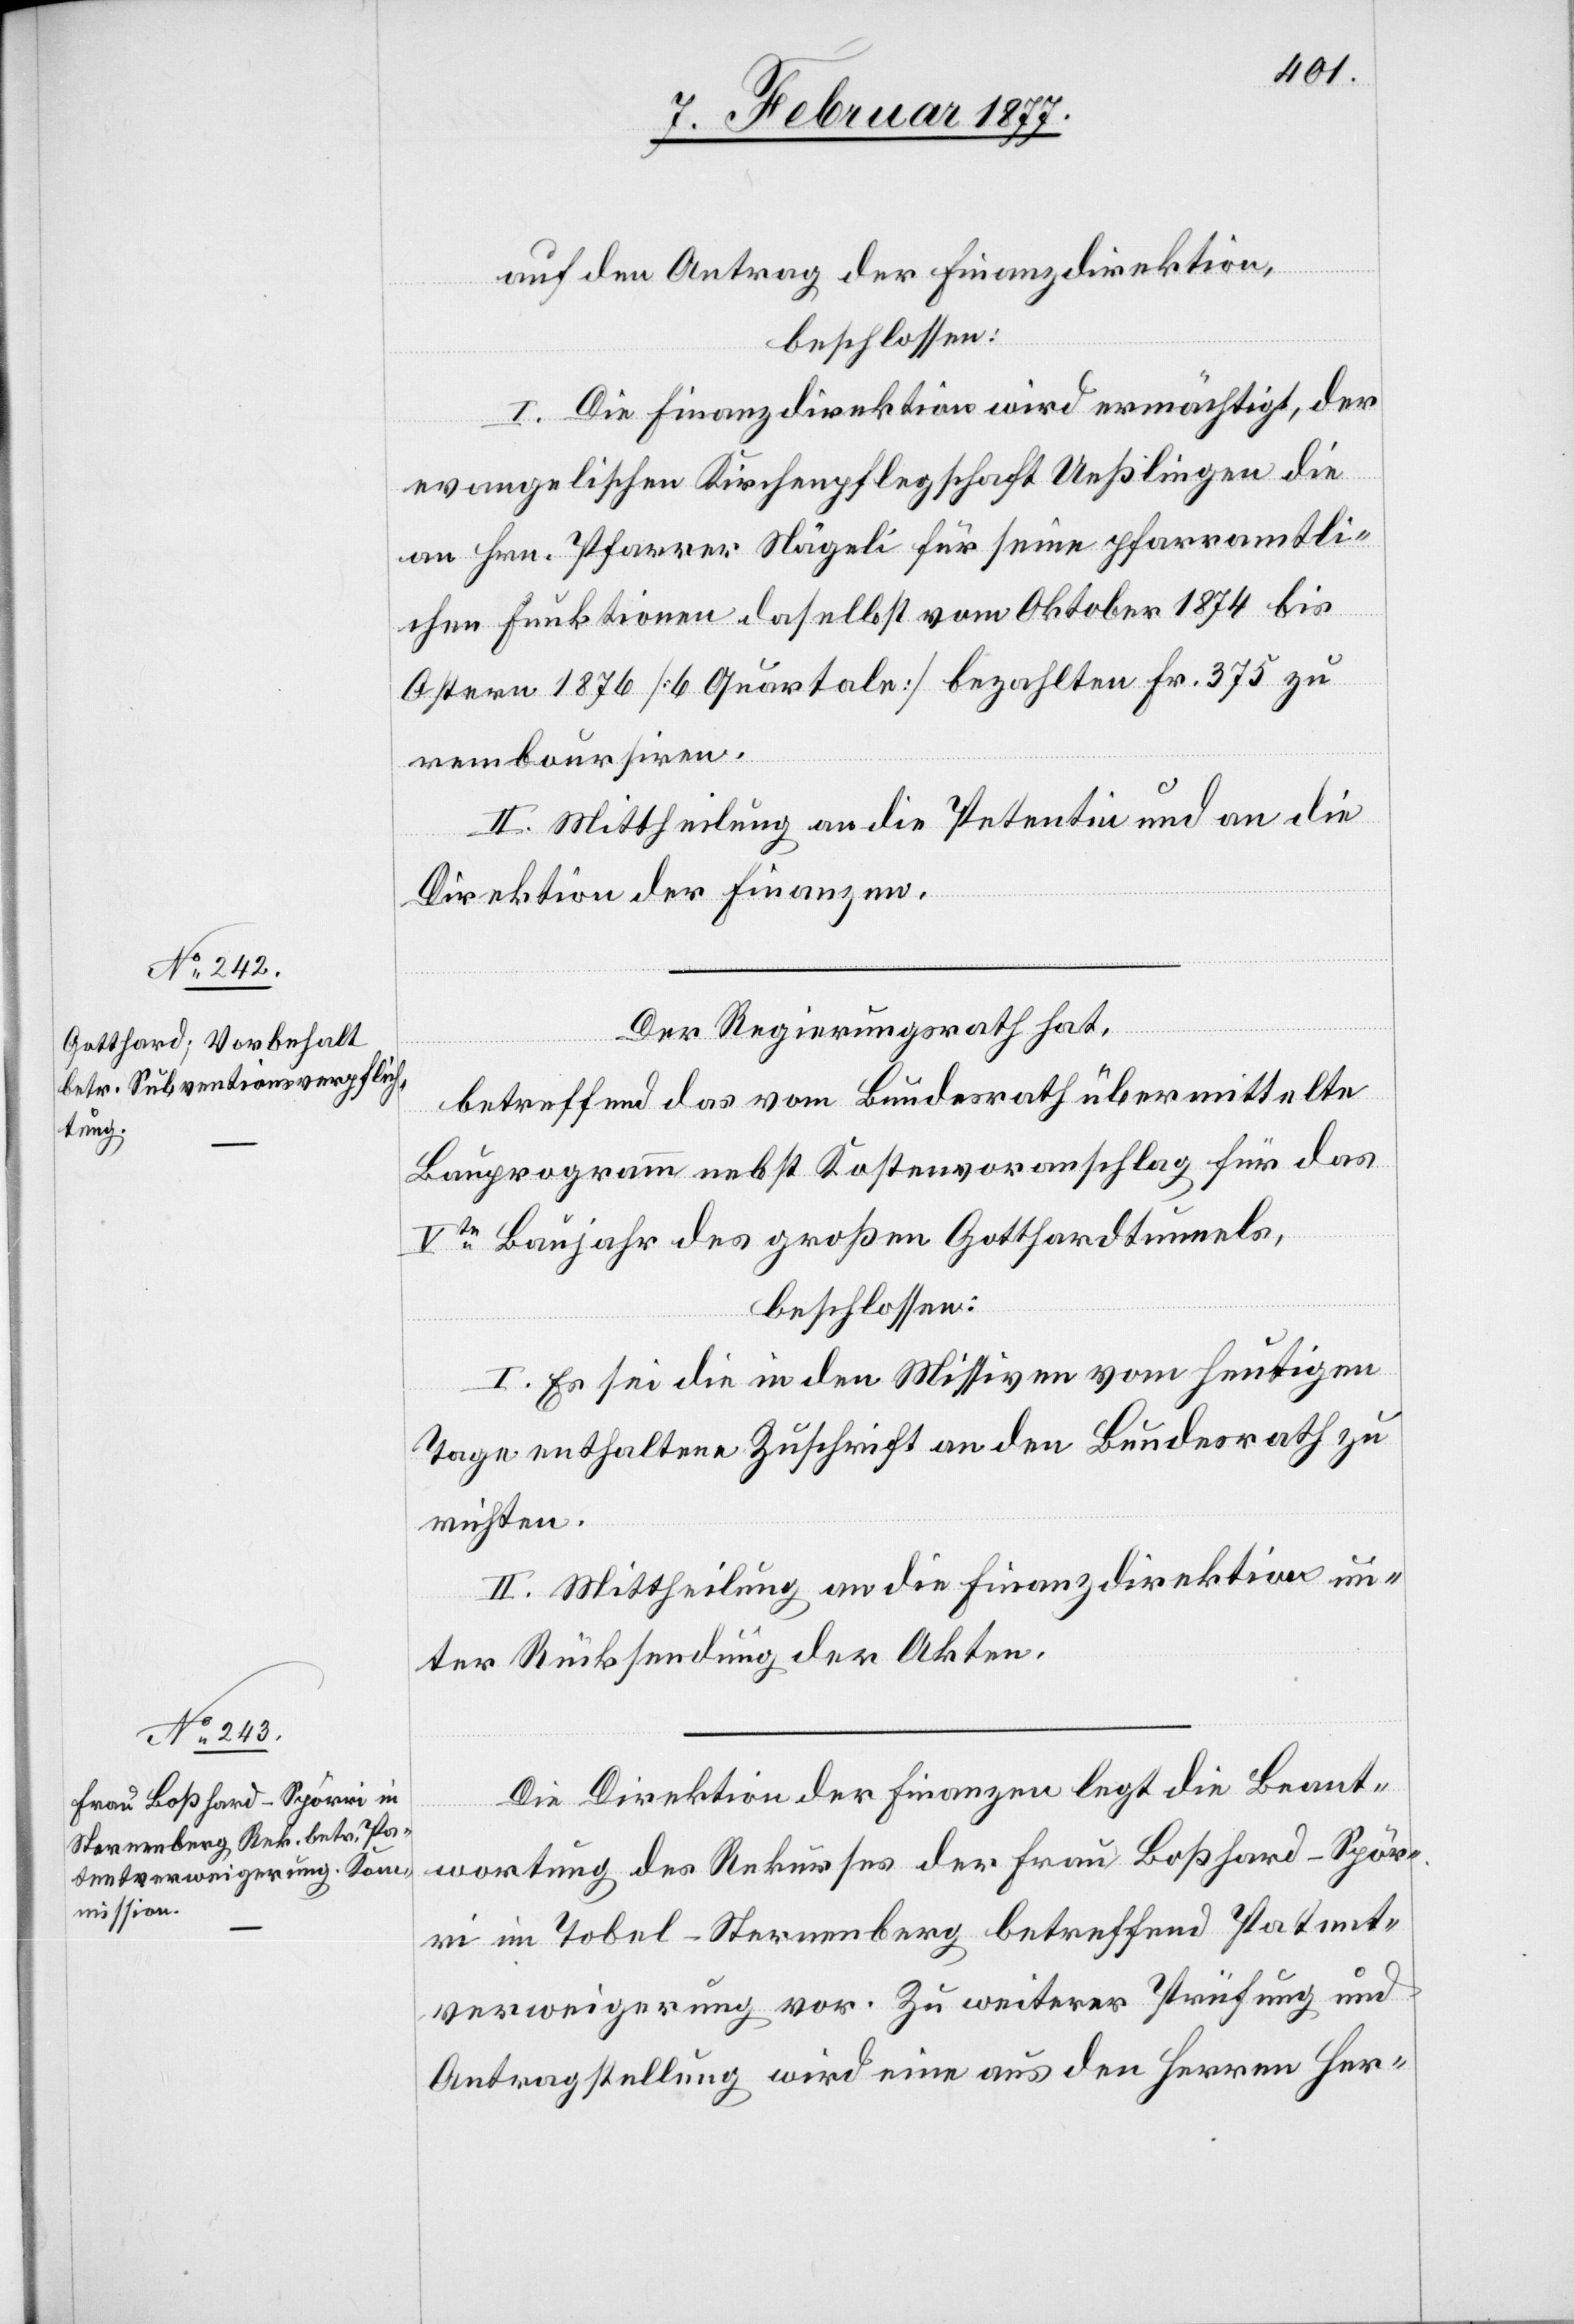
auf den Antrag der Finanzdirektion,
beschlossen:
I. Die Finanzdirektion wird ermächtigt, der
evangelischen Kirchenpflegschaft Ueßlingen die
an Hrn. Pfarrer Nägeli für seine pfarramtli¬
chen Funktionen daselbst vom Oktober 1874 bis
Ostern 1876 [6 Quartale] bezahlten Fr. 375 zu
remboursiren.
II. Mittheilung an die Petentin und an die
Direktion der Finanzen.
Der Regierungsrath hat,
betreffend das vom Bundesrath übermittelte
Bauprogramm nebst Kostenvoranschlag für das
Vte Baujahr des großen Gotthardtunnels,
beschlossen:
I. Es sei die in den Missiven vom heutigen
Tage enthaltene Zuschrift an den Bundesrath zu
richten.
II. Mittheilung an die Finanzdirektion un¬
ter Rücksendung der Akten.
Die Direktion der Finanzen legt die Beant¬
wortung des Rekurses der Frau Boßhard-Spör¬
ri im Tobel - Sternenberg betreffend Patent¬
verweigerung vor. Zu weiterer Prüfung und
Antragstellung wird eine aus den Herren Her-